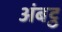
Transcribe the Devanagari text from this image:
अंबट्ठ